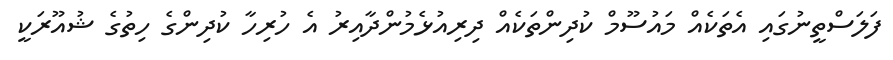
ފަލަސްތީނުގައި އެތަކެއް މައުސޫމް ކުދިންތަކެއް ދިރިއުޅެމުންދާއިރު އެ ހުރިހާ ކުދިންގެ ހިތުގެ ޝުއޫރަކީ